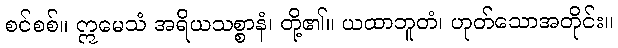
စင်စစ်။ ဣမေသံ အရိယသစ္စာနံ၊ တို့၏။ ယထာဘူတံ၊ ဟုတ်သောအတိုင်း။